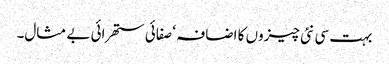
بہت سی نئی چیزوں کا اضافہ ‘ صفائی ستھرائی بے مثال۔